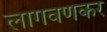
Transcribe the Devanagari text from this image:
लागवणकर